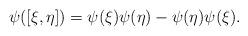
LaTeX: \begin{align*}\psi([\xi,\eta])=\psi(\xi)\psi(\eta)-\psi(\eta)\psi(\xi).\end{align*}